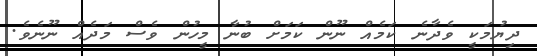
ދިޔުމަކީ ވެދާނެ ކަމެއް ނޫން ކަމަށް ބުނާ މީހުން ވެސް މަދެއް ނޫނެވެ.